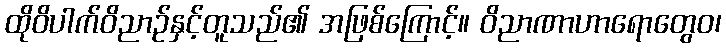
ထိုဝိပါက်ဝိညာဉ်နှင့်တူသည်၏ အဖြစ်ကြောင့်။ ဝိညာဏာဟာရောတွေဝ၊